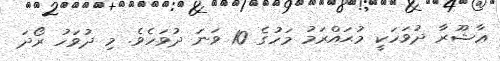
ޢާޝޫރާ ދުވަހަކީ މުޙައްރަމު މަހުގެ 10 ވަނަ ދުވަހެވެ. މި ދުވަހު ރޯދަ